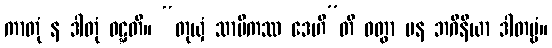
ကာတုံ န ဒါတုံ ဝဋ္ဋတိ။ “တုယှံ သာမိကဿ ဒေဟီ”တိ ဝတွာ ပန ဘဂိနိယာ ဒါတဗ္ဗံ။